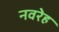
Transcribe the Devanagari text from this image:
नवरेह